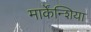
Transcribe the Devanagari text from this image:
मार्केंन्शिया